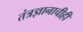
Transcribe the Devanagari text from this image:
तंत्रज्ञानाचीही